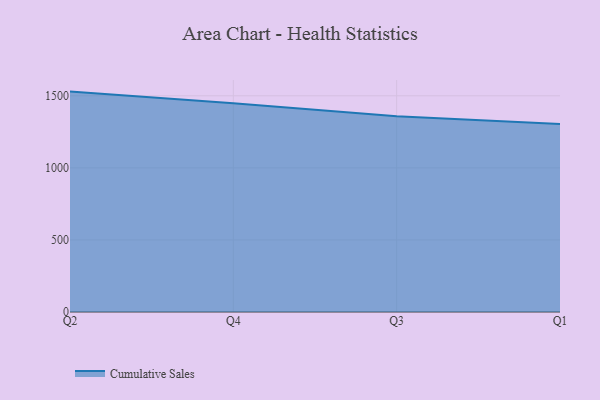
{"axis": {"x": "Quarter", "y": "Backlog"}, "legend": ["Cumulative Sales"], "data": [{"x": "Q2", "y": 1529.0, "type": "Cumulative Sales"}, {"x": "Q4", "y": 1448.9, "type": "Cumulative Sales"}, {"x": "Q3", "y": 1358.5, "type": "Cumulative Sales"}, {"x": "Q1", "y": 1303.7, "type": "Cumulative Sales"}]}